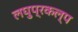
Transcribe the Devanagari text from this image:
लघुप्रकल्प